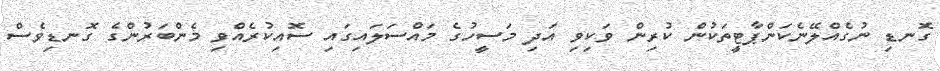
ގޮނޑި ނުގެއްލޭނެކަންޕާޓީތަކުން ކުރިން ވަކިވި އަދި މަސީހުގެ މައްސަލައިގައި ސޮއިކުރެއްވި މެންބަރުންގެ ގޮނޑިވެސް